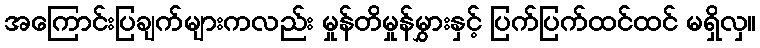
အကြောင်းပြချက်များကလည်း မှုန်တိမှုန်မွှားနှင့် ပြက်ပြက်ထင်ထင် မရှိလှ။